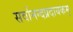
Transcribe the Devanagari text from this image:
सर्वानन्दप्रदायकम्